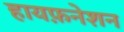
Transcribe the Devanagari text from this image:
हायफ़नेशन